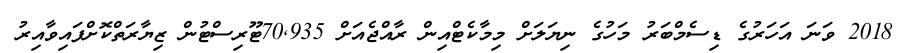
2018 ވަނަ އަހަރުގެ ޑިސެމްބަރު މަހުގެ ނިޔަލަށް މިމާކެޓްއިން ރާއްޖެއަށް 70